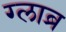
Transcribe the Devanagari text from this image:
ग्लाब्र